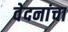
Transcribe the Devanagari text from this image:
वेदनांचा